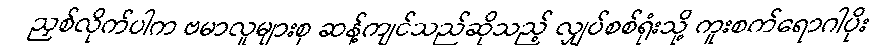
ညှစ်လိုက်ပါက ဗမာလူများစု ဆန့်ကျင်သည်ဆိုသည့် လျှပ်စစ်ရုံးသို့ ကူးစက်ရောဂါပိုး